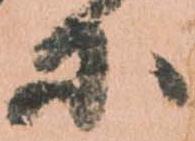
等